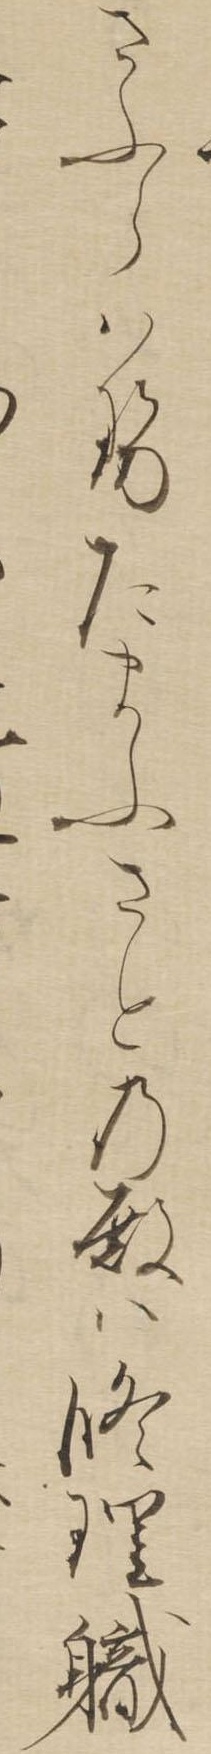
さふらはせたまふさとの殿は修理職